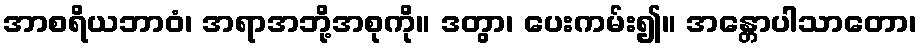
အာစရိယဘာဝံ၊ အရာအဘို့အစုကို။ ဒတွာ၊ ပေးကမ်း၍။ အန္တောပါသာတော၊